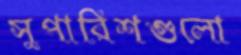
সুপারিশগুলো